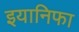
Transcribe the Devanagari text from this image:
इयानिफा